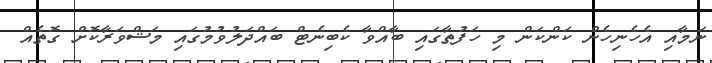
ނަމާއި އެހެނިހެން ކަންކަން މި ހަފުތާގައި ބާއްވާ ކެބިނެޓް ބައްދަލުވުމުގައި މަޝްވަރާކޮށް ގޮތެއް